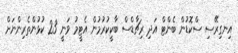
އިނގިރޭސި ސްކޮޑުން ބެންޓް އަދި ރިޗާޑްސް ބާކީކުރުމުން އެޓީމު ވަނީ 23 ކުޅުންތެރިންނަށް